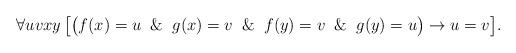
LaTeX: \begin{align*}\forall uvxy\,\bigl[\bigl(f(x) = u \And g(x) = v \And f(y) = v \And g(y) = u\bigr)\to u = v\bigr].\end{align*}